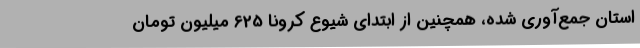
استان جمع‌آوری شده، همچنین از ابتدای شیوع کرونا 625 میلیون تومان